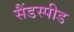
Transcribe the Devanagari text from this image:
सैंडस्‍पीड